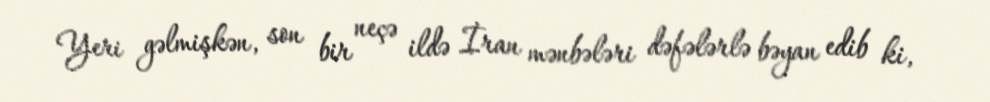
Yeri gəlmişkən, son bir neçə ildə İran mənbələri dəfələrlə bəyan edib ki,